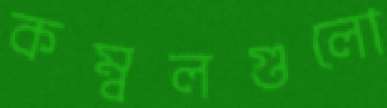
কম্বলগুলো